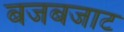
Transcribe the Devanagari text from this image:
बजबजाट